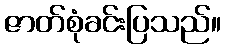
ဇာတ်စုံခင်းပြသည်။